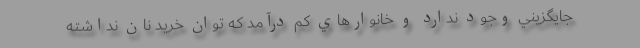
جايگزيني وجود ندارد و خانوارهاي كم‌ درآمد كه توان خريد نان نداشته